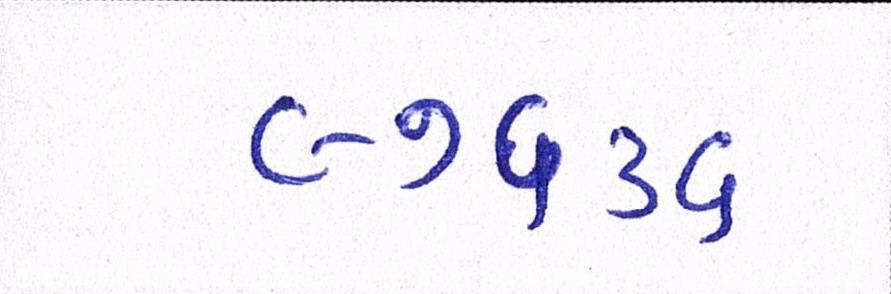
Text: ૯૭૬૩૬